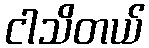
ငါသိတယ်